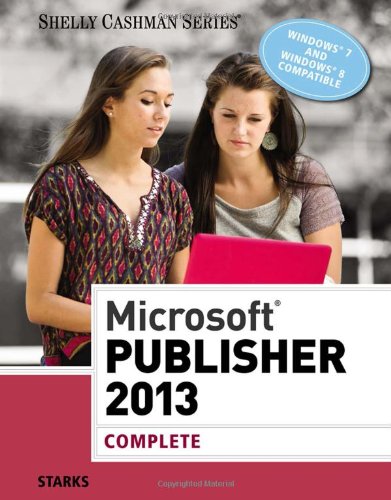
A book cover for Microsoft Publisher 2013: Complete (Shelly Cashman Series); Joy L. Starks; Arts & Photography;